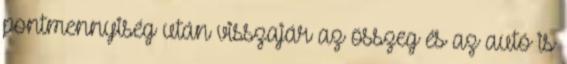
pontmennyiség után visszajár az összeg és az autó is